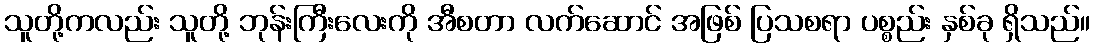
သူတို့ကလည်း သူတို့ ဘုန်းကြီးလေးကို အီစတာ လက်ဆောင် အဖြစ် ပြသစရာ ပစ္စည်း နှစ်ခု ရှိသည်။